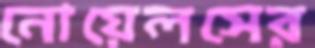
নোয়েলসের